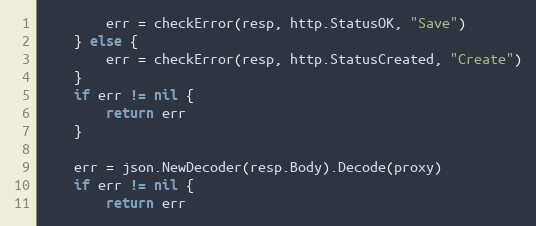
Language: Go
		err = checkError(resp, http.StatusOK, "Save")
	} else {
		err = checkError(resp, http.StatusCreated, "Create")
	}
	if err != nil {
		return err
	}

	err = json.NewDecoder(resp.Body).Decode(proxy)
	if err != nil {
		return err